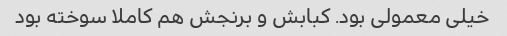
خیلی معمولی بود. کبابش و برنجش هم کاملا سوخته بود